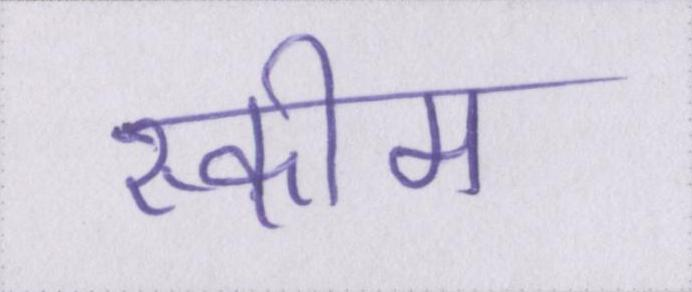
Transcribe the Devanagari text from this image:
स्कीम